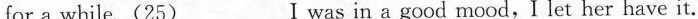
for a while.(25)___I was in a good mood,I let her have it.